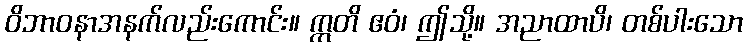
ဝိဘာဝနာအနက်လည်းကောင်း။ ဣတိ ဧဝံ၊ ဤသို့။ အညာထာပိ၊ တစ်ပါးသော